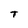
Character: T